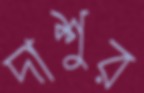
দাশুর